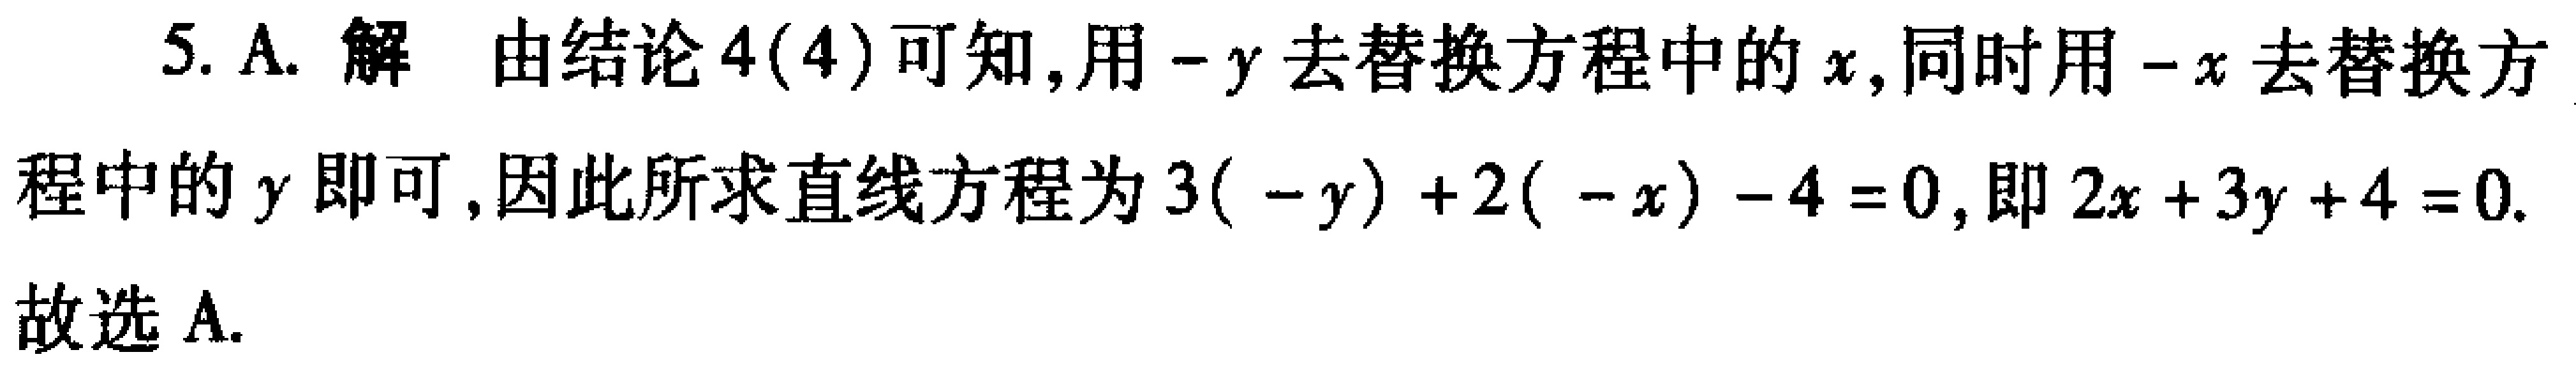
5. A. 解 由结论4(4)可知,用\(-y\)去替换方程中的\(x\),同时用\(-x\)去替换方程中的\(y\)即可,因此所求直线方程为\(3(-y)+2(-x)-4 = 0\),即\(2x + 3y+4 = 0\). 故选A.